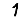
Digit: 1